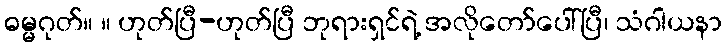
ဓမ္မဂုတ်။ ။ ဟုတ်ပြီ-ဟုတ်ပြီ ဘုရားရှင်ရဲ့ အလိုတော်ပေါ်ပြီ၊ သံဂါယနာ